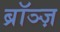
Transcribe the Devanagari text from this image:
ब्रॉञ्ज़